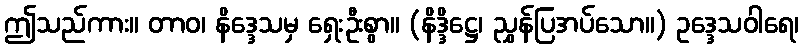
ဤသည်ကား။ တာဝ၊ နိဒ္ဒေသမှ ရှေးဦးစွာ။ (နိဒ္ဒိဋ္ဌေ၊ ညွှန်ပြအပ်သော။) ဥဒ္ဒေသဝါရေ၊